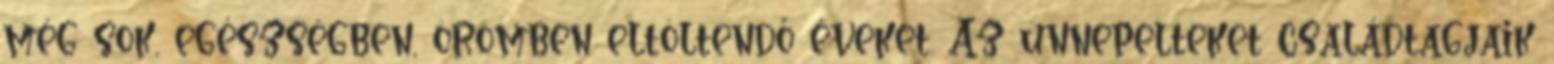
még sok, egészségben, örömben eltöltendő éveket. Az ünnepelteket családtagjaik